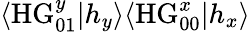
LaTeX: \langle\mathrm{HG}_{01}^{y}|h_{y}\rangle\langle\mathrm{HG}_{00}^{x}|h_{x}\rangle